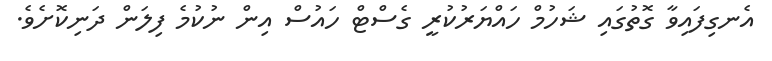
އެނގިފައިވާ ގޮތުގައި ޝަހުމް ހައްޔަރުކުރީ ގެސްޓް ހައުސް އިން ނުކުމެ ފިލަން ދަނިކޮށެވެ.